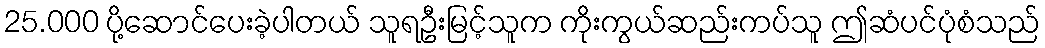
25.000 ပို့ဆောင်ပေးခဲ့ပါတယ် သူရဦးမြင့်သူက ကိုးကွယ်ဆည်းကပ်သူ ဤဆံပင်ပုံစံသည်